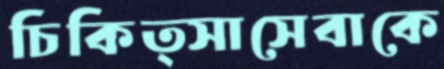
চিকিত্সাসেবাকে